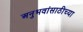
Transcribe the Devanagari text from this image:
अनुभवांसाठीच्या